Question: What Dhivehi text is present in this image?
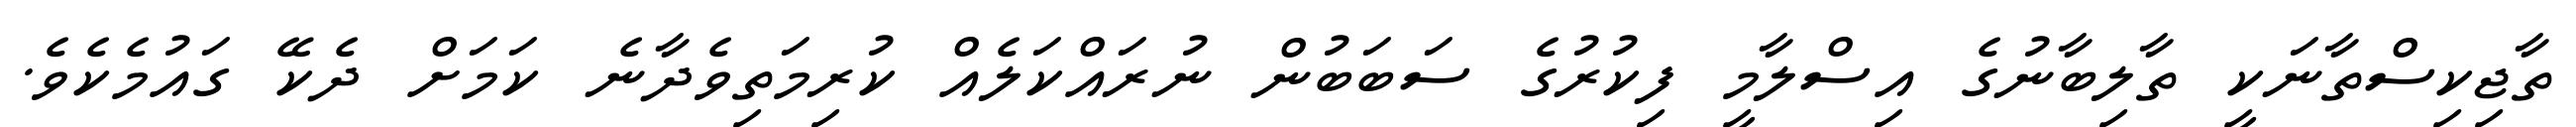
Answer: ތާޖިކިސްތާނަކީ ތާލިބާނުގެ އިސްލާމީ ފިކުރުގެ ސަބަބުން ނުރައްކަލެއް ކުރިމަތިވެދާނެ ކަމަށް ދެކޭ ގައުމެކެވެ.